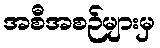
အစီအစဉ်များမှ